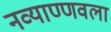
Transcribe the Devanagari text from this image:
नव्याण्णवला